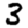
Digit: 3